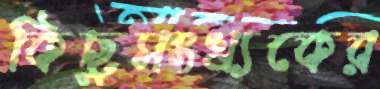
কিছুসংখ্যকের